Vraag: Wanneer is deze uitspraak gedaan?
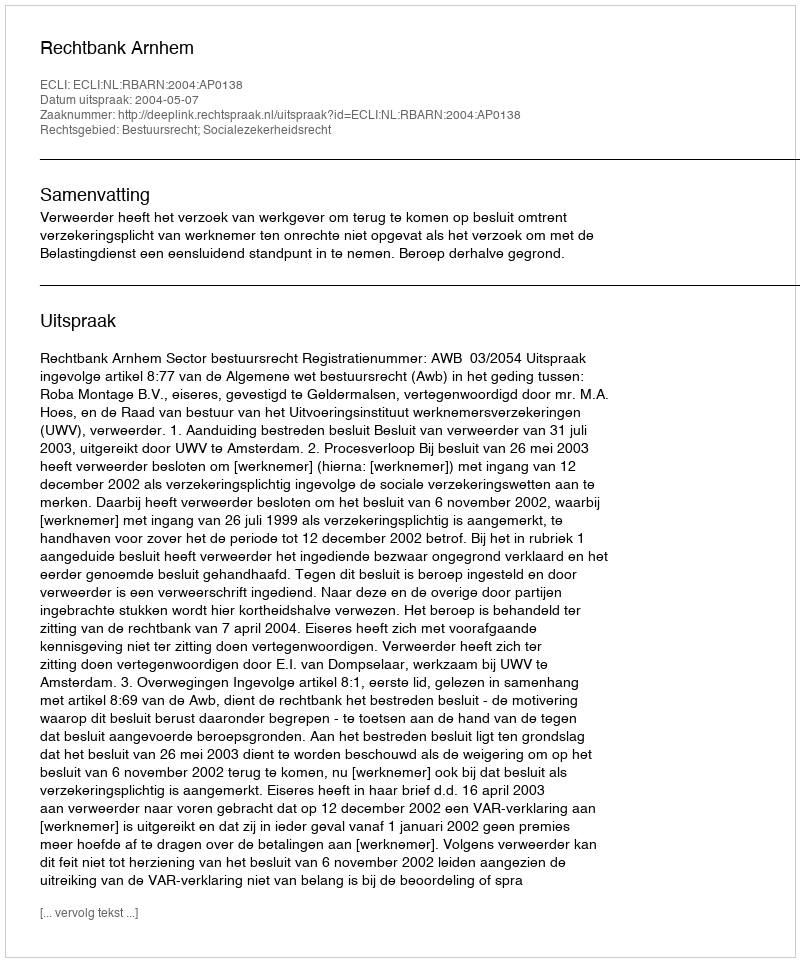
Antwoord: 2004-05-07